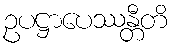
ဥပဋ္ဌာပေဿန္တီတိ